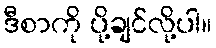
ဒီစာကို ပို့ချင်လို့ပါ။